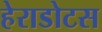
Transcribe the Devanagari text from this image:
हेराडोटस